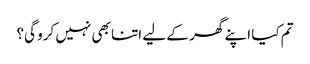
تم کیا اپنے گھر کے لیے اتنا بھی نہیں کرو گی؟